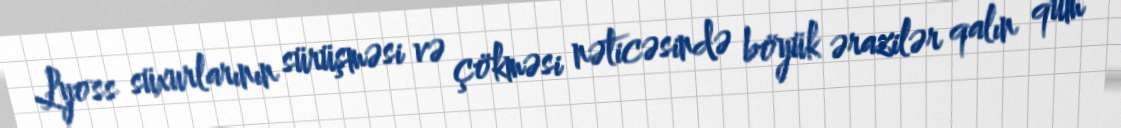
Lyoss süxurlarının sürüşməsi və çökməsi nəticəsində böyük ərazilər qalın qum